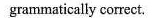
grammatically correct.